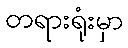
တရားရုံးမှာ